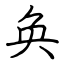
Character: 奂